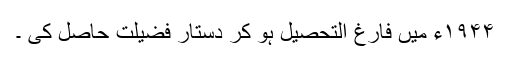
۱۹۴۴ء میں فارغ التحصیل ہو کر دستار فضیلت حاصل کی ۔